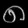
Digit: ၈